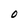
Character: O